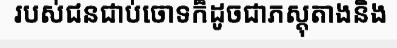
របស់ជនជាប់ចោទក៏ដូចជាភស្តុតាងនិង